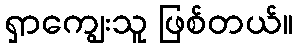
ရှာကျွေးသူ ဖြစ်တယ်။